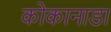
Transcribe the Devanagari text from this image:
कोकानाडा